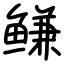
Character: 鳒